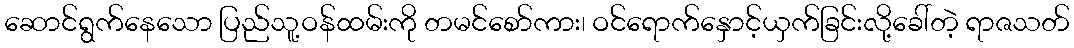
ဆောင်ရွက်နေသော ပြည်သူ့ဝန်ထမ်းကို တမင်စော်ကား၊ ဝင်ရောက်နှောင့်ယှက်ခြင်းလို့ခေါ်တဲ့ ရာဇသတ်